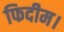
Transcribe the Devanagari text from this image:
फिदीम।